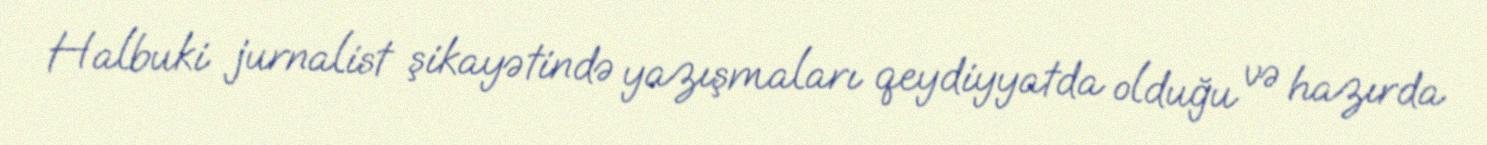
Halbuki jurnalist şikayətində yazışmaları qeydiyyatda olduğu və hazırda